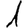
Digit: 1